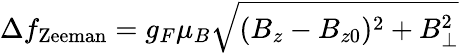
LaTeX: \Delta f_{\mathrm{Zeeman}}=g_{F}\mu_{B}\sqrt{(B_{z}-B_{z0})^{2}+B_{\perp}^{2}}